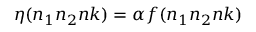
\eta ( n _ { 1 } n _ { 2 } n k ) = \alpha f ( n _ { 1 } n _ { 2 } n k )